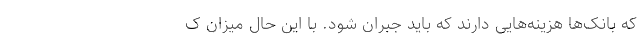
که بانک‌ها هزینه‌هایی دارند که باید جبران شود. با این حال میزان ک